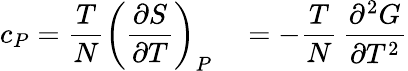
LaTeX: c_{P}={\frac{T}{N}}\left({\frac{\partial S}{\partial T}}\right)_{P}\quad=-{\frac{T}{N}}\, {\frac{\partial^{2}G}{\partial T^{2}}}